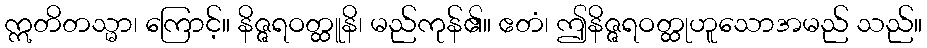
ဣတိတသ္မာ၊ ကြောင့်။ နိဇ္ဇရဝတ္ထူနိ၊ မည်ကုန်၏။ ဧတံ၊ ဤနိဇ္ဇရဝတ္ထုဟူသောအမည် သည်။